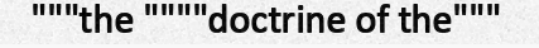
"""the """"doctrine of the"""